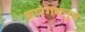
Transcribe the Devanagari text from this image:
शारंगधनुष